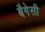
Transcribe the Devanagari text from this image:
बैगेसी